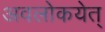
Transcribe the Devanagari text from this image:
अवलोकयेत्